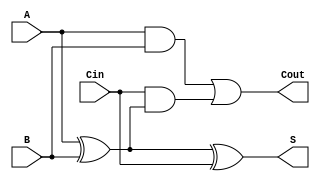
module RippleCarryFullAdder (
    input wire A,          // First binary input
    input wire B,          // Second binary input
    input wire Cin,        // Carry-in input
    output wire S,         // Sum output
    output wire Cout       // Carry-out output
);

// Internal signals
wire AB;                 // AND of A and B
wire A_XOR_B;           // XOR of A and B

// Compute the intermediate and final outputs
assign A_XOR_B = A ^ B; // A XOR B
assign S = A_XOR_B ^ Cin; // S = A XOR B XOR Cin
assign AB = A & B;       // A AND B
assign Cout = AB | (Cin & A_XOR_B); // Cout = (A AND B) OR (Cin AND (A XOR B))

endmodule